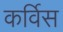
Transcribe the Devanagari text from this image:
कर्विस